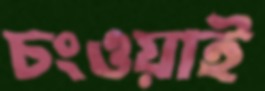
চংওয়াই